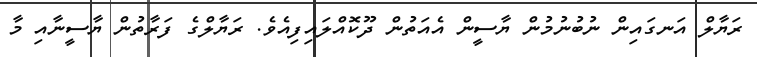
ރަޔާލް އަނގައިން ނުބުނުމުން ޔާސީން އެއަތުން ދޫކޮއްލައިފިއެވެ. ރަޔާލްގެ ފަރާތުން ޔާސީނާއި މާ